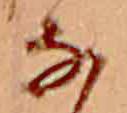
な